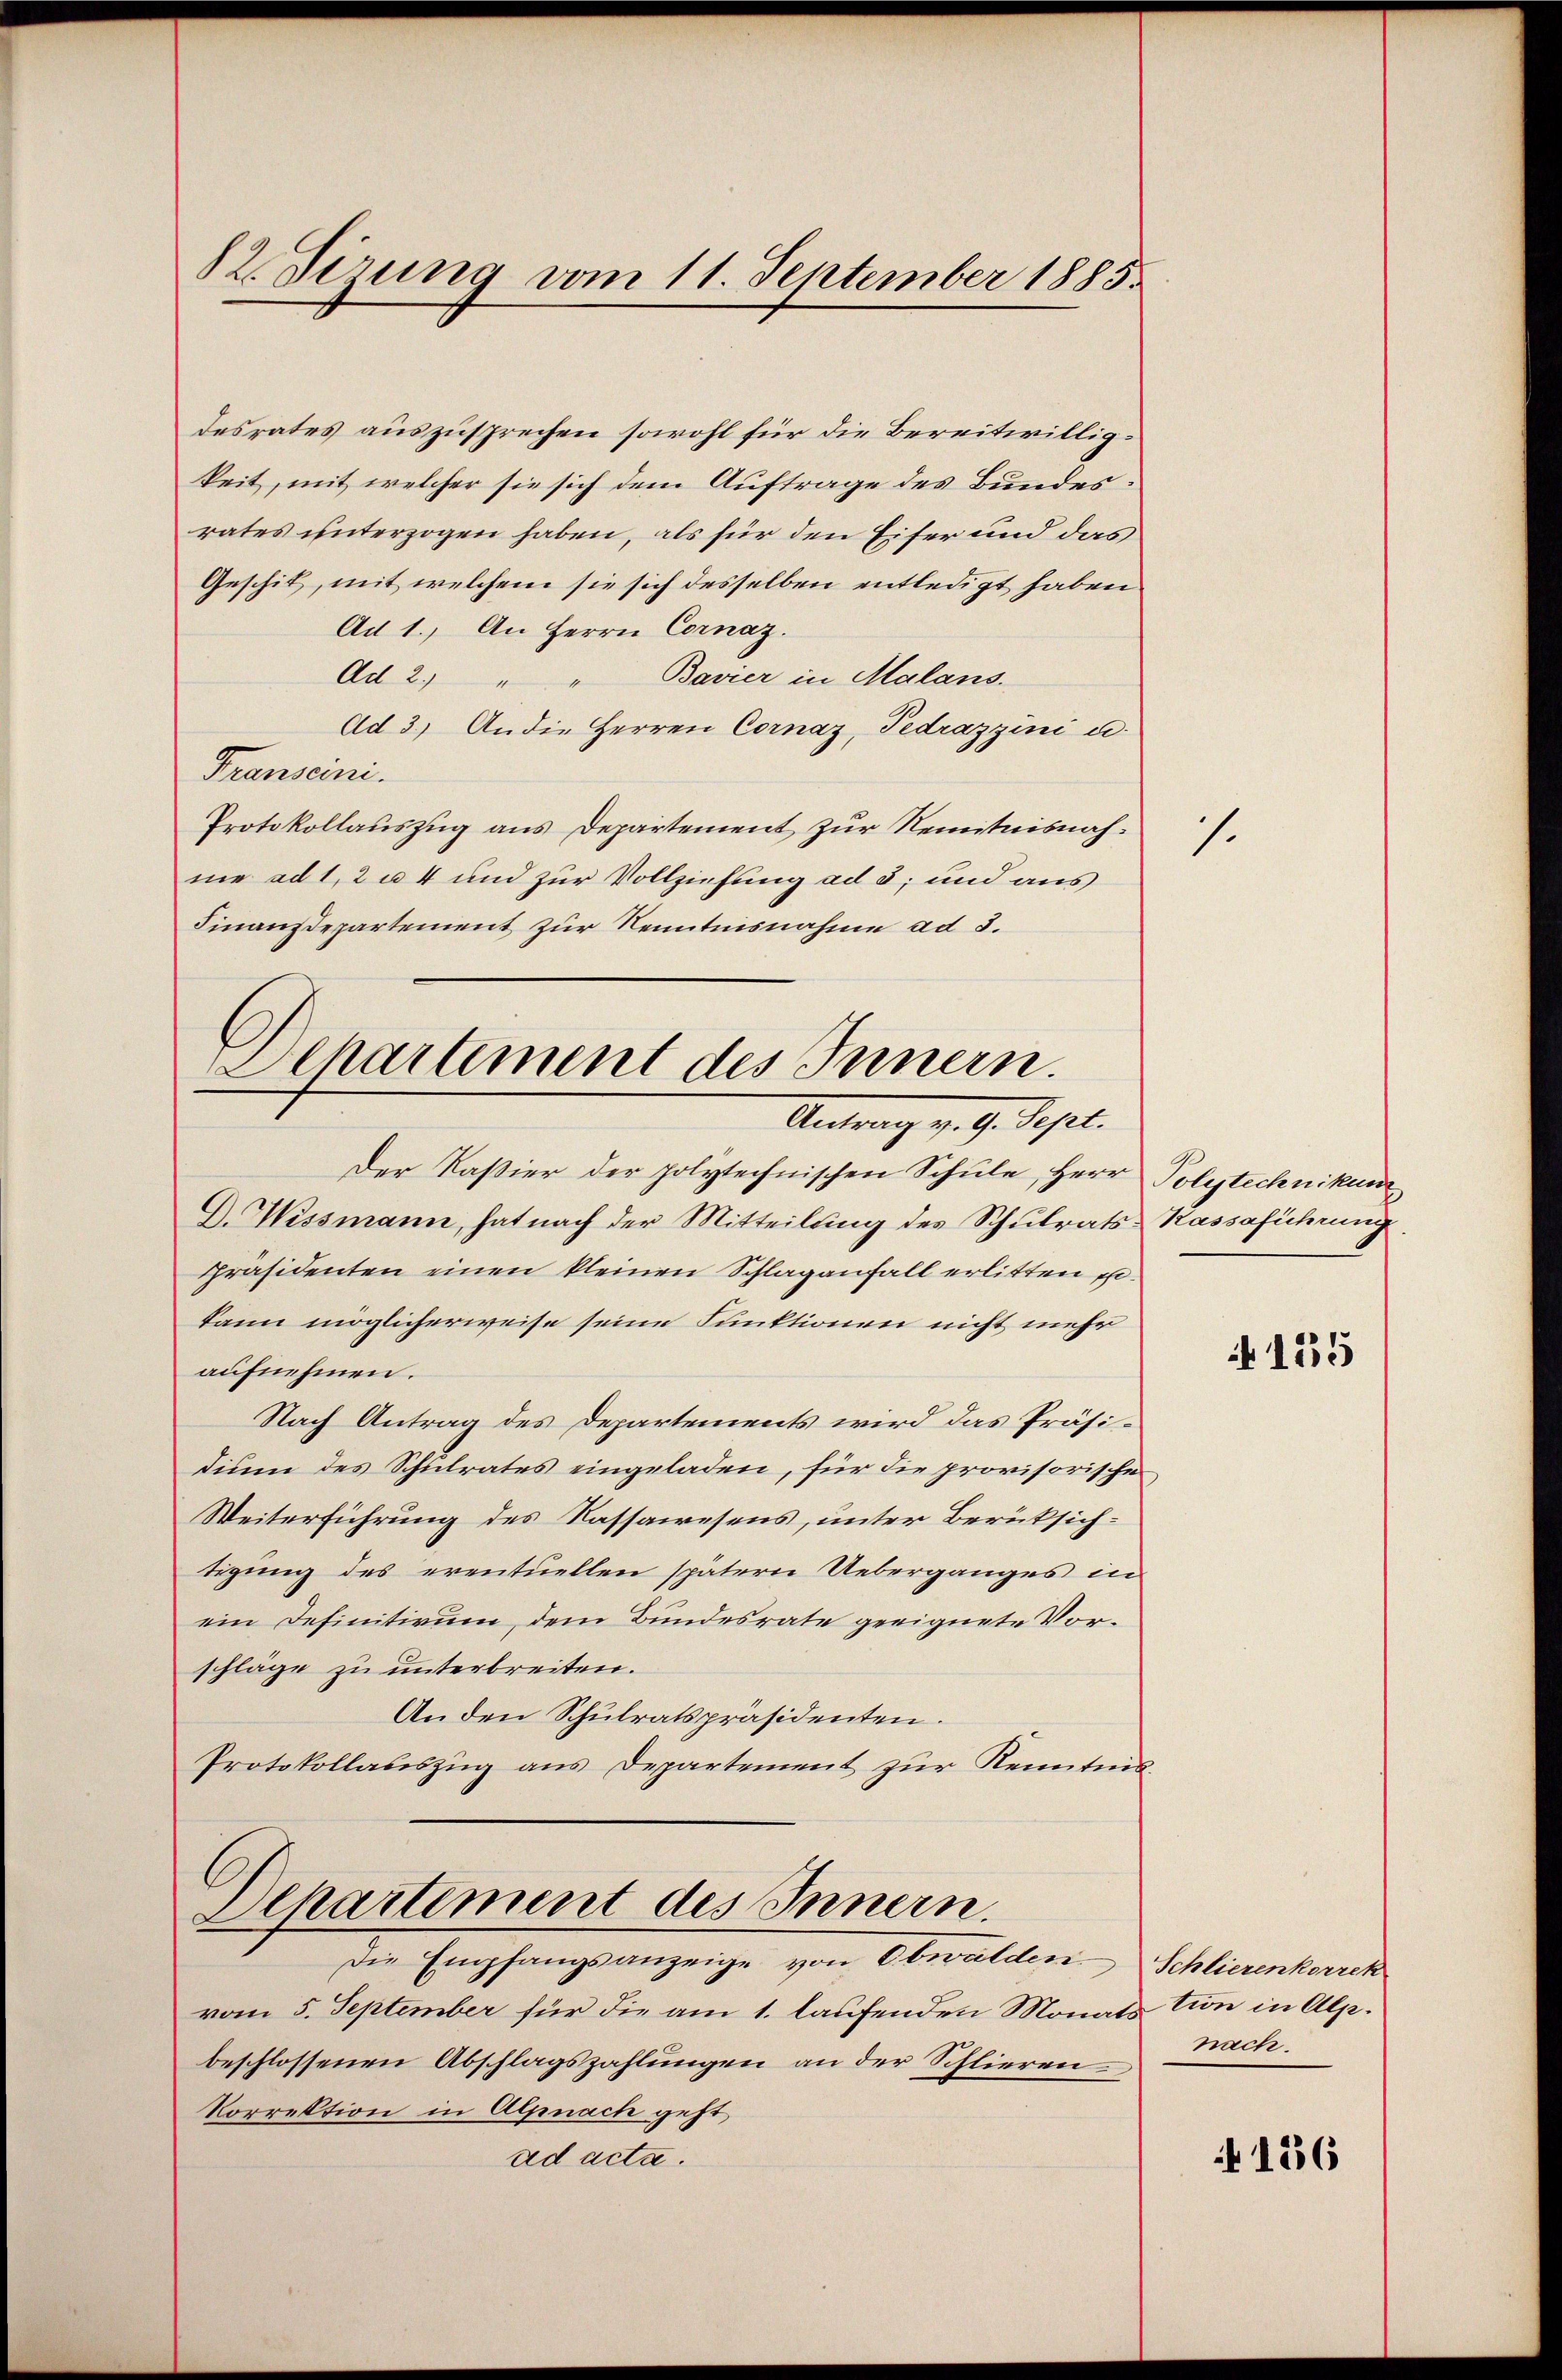
82. Sizung vom 11. September 1885.

desrates auszusprechen sowohl für die Bereitwilligkeit, mit welcher sie sich dem Auftrage des Bundesrates unterzogen haben, als für den Eiser und das
Geschit, mit welchem sie sich desselben entledigt haben,
Ad 1. An Herrn Cornaz.
Ad 2) " " Bavier in Malans.
Ad 3) An die Herren Cornaz, Tedrazzini u.
Transeini
Protokollauszug aus Departement zur Kenntnisnahme ad 1, 2 a 4 und zur Vollziehung ad 3, und aus
Finanzdepartement zur Kenntnisnahme ad 3.
Departement des Innern.

Antrag v. 9. Sept.

Der Kaßier der polytechnischen Schule, Herr Polytechnikum
G. Wissmann, hat nach der Mitteilung des Schulrats-Kassaführung
präsidenten einen kleinen Schlaganfall erlitten e
kann möglicherweise seine Funktionen nicht mehr
aufnehmen.
Nach Antrag des Departements wird das Präsidium des Schulrates eingeladen, für die provisorische
Weiterführung des Kassawesens, unter Berücksichtigung des eventuellen spätern Ueberganges in
ein Definitivum, dem Bundesrate geeignete Vorschläge zu unterbreiten.
An den Schulratspräsidenten.
Protokollauszug aus Departement zur Kenntnis
.
Departement des Innern.
Die Empfangsanzeige von Obwalden Schlierenkorrek
vom 5. September für die am 1. laufenden Monatstion in Alpbeschlossenen Abschlagszahlungen an der Schlieren Nach
Korrektion in Alpnach geht,
ad acta.

1.

f 135

136